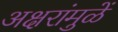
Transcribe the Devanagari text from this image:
अक्षरांमुळें